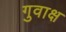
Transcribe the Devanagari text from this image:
गुवाक्ष